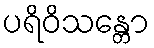
ပရိဝိသန္တော